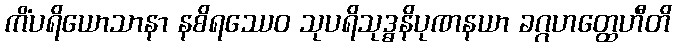
ကိံပရိယောသာနာ နစိရဿေဝ သုပရိသုဒ္ဓနိပုဏနယာ ခဂ္ဂဟတ္ထေဟီတိ